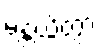
မန္တယိတွာ